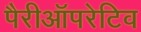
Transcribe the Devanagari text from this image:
पैरीऑपरेटिव